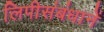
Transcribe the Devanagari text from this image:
लिपीसंबंधानें